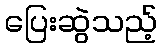
ပြေးဆွဲသည့်